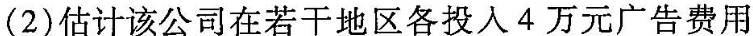
(2)估计该公司在若干地区各投入4万元广告费用